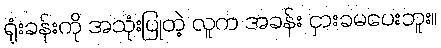
ရုံးခန်းကို အသုံးပြုတဲ့ လူက အခန်း ငှားခမပေးဘူး။